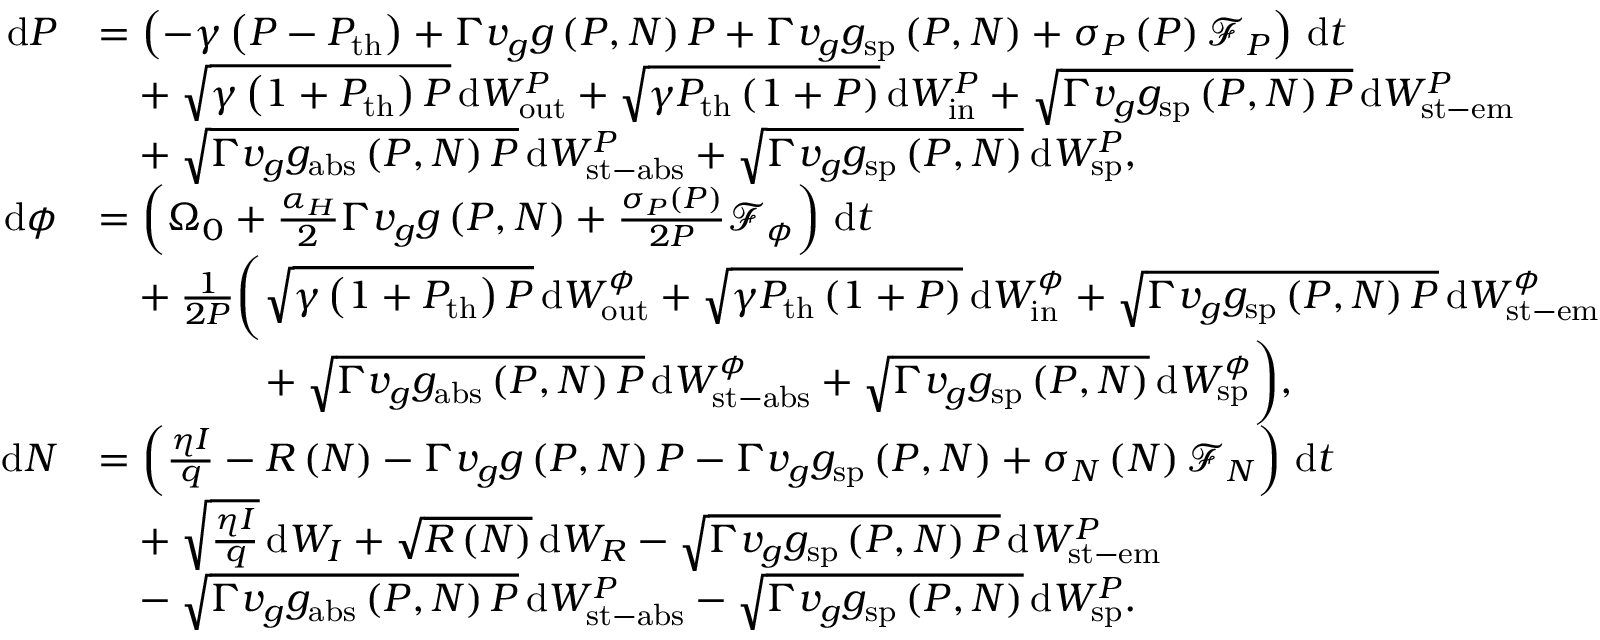
\begin{array} { r l } { \mathrm { d } P } & { = \left( - \gamma \left( P - P _ { \mathrm { t h } } \right) + \Gamma v _ { g } g \left( P , N \right) P + \Gamma v _ { g } g _ { \mathrm { s p } } \left( P , N \right) + \sigma _ { P } \left( P \right) \mathcal { F } _ { P } \right) \, \mathrm { d } t } \\ & { \hphantom { = } + \sqrt { \gamma \left( 1 + P _ { \mathrm { t h } } \right) P } \, \mathrm { d } W _ { \mathrm { o u t } } ^ { P } + \sqrt { \gamma P _ { \mathrm { t h } } \left( 1 + P \right) } \, \mathrm { d } W _ { \mathrm { i n } } ^ { P } + \sqrt { \Gamma v _ { g } g _ { \mathrm { s p } } \left( P , N \right) P } \, \mathrm { d } W _ { \mathrm { s t - e m } } ^ { P } } \\ & { \hphantom { = } + \sqrt { \Gamma v _ { g } g _ { \mathrm { a b s } } \left( P , N \right) P } \, \mathrm { d } W _ { \mathrm { s t - a b s } } ^ { P } + \sqrt { \Gamma v _ { g } g _ { \mathrm { s p } } \left( P , N \right) } \, \mathrm { d } W _ { \mathrm { s p } } ^ { P } , } \\ { \mathrm { d } \phi } & { = \left( \Omega _ { 0 } + \frac { \alpha _ { H } } { 2 } \Gamma v _ { g } g \left( P , N \right) + \frac { \sigma _ { P } \left( P \right) } { 2 P } \mathcal { F } _ { \phi } \right) \, \mathrm { d } t } \\ & { \hphantom { = } + \frac { 1 } { 2 P } \bigg ( \sqrt { \gamma \left( 1 + P _ { \mathrm { t h } } \right) P } \, \mathrm { d } W _ { \mathrm { o u t } } ^ { \phi } + \sqrt { \gamma P _ { \mathrm { t h } } \left( 1 + P \right) } \, \mathrm { d } W _ { \mathrm { i n } } ^ { \phi } + \sqrt { \Gamma v _ { g } g _ { \mathrm { s p } } \left( P , N \right) P } \, \mathrm { d } W _ { \mathrm { s t - e m } } ^ { \phi } } \\ & { \hphantom { = + \frac { 1 } { 2 P } \bigg ( } + \sqrt { \Gamma v _ { g } g _ { \mathrm { a b s } } \left( P , N \right) P } \, \mathrm { d } W _ { \mathrm { s t - a b s } } ^ { \phi } + \sqrt { \Gamma v _ { g } g _ { \mathrm { s p } } \left( P , N \right) } \, \mathrm { d } W _ { \mathrm { s p } } ^ { \phi } \bigg ) , } \\ { \mathrm { d } N } & { = \left( \frac { \eta I } { q } - R \left( N \right) - \Gamma v _ { g } g \left( P , N \right) P - \Gamma v _ { g } g _ { \mathrm { s p } } \left( P , N \right) + \sigma _ { N } \left( N \right) \mathcal { F } _ { N } \right) \, \mathrm { d } t } \\ & { \hphantom { = } + \sqrt { \frac { \eta I } { q } } \, \mathrm { d } W _ { I } + \sqrt { R \left( N \right) } \, \mathrm { d } W _ { R } - \sqrt { \Gamma v _ { g } g _ { \mathrm { s p } } \left( P , N \right) P } \, \mathrm { d } W _ { \mathrm { s t - e m } } ^ { P } } \\ & { \hphantom { = } - \sqrt { \Gamma v _ { g } g _ { \mathrm { a b s } } \left( P , N \right) P } \, \mathrm { d } W _ { \mathrm { s t - a b s } } ^ { P } - \sqrt { \Gamma v _ { g } g _ { \mathrm { s p } } \left( P , N \right) } \, \mathrm { d } W _ { \mathrm { s p } } ^ { P } . } \end{array}